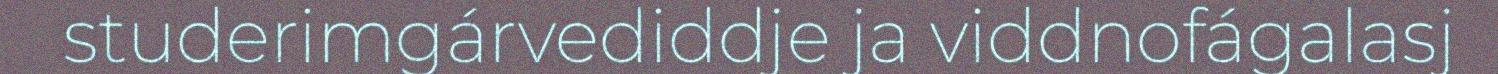
studerimgárvediddje ja viddnofágalasj